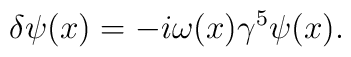
\delta\psi(x)=-i\omega(x)\gamma^5\psi(x).